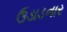
ઉડાડનાર